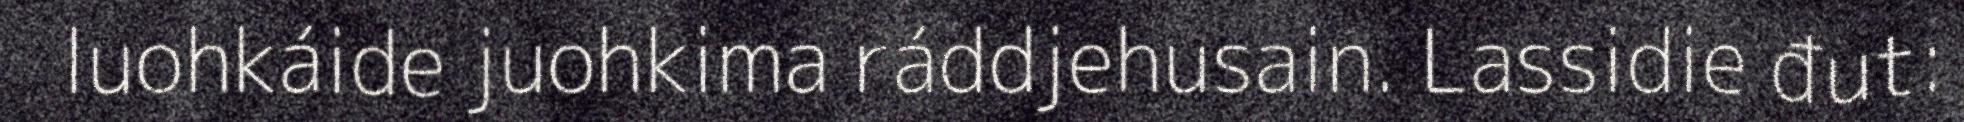
luohkáide juohkima ráddjehusain. Lassidie đut: